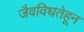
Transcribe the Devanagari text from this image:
जैवविधतेहून